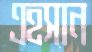
এহসান